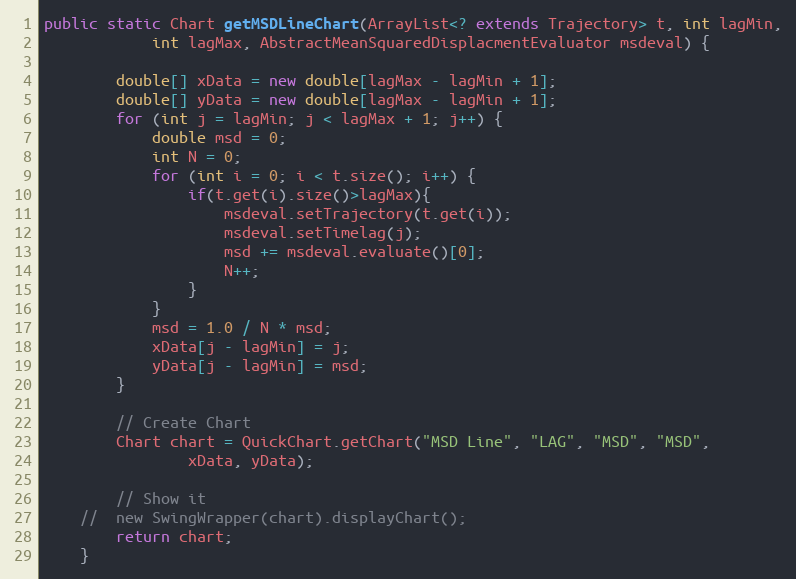
Language: Java
public static Chart getMSDLineChart(ArrayList<? extends Trajectory> t, int lagMin,
			int lagMax, AbstractMeanSquaredDisplacmentEvaluator msdeval) {

		double[] xData = new double[lagMax - lagMin + 1];
		double[] yData = new double[lagMax - lagMin + 1];
		for (int j = lagMin; j < lagMax + 1; j++) {
			double msd = 0;
			int N = 0;
			for (int i = 0; i < t.size(); i++) {
				if(t.get(i).size()>lagMax){
					msdeval.setTrajectory(t.get(i));
					msdeval.setTimelag(j);
					msd += msdeval.evaluate()[0];
					N++;
				}
			}
			msd = 1.0 / N * msd;
			xData[j - lagMin] = j;
			yData[j - lagMin] = msd;
		}

		// Create Chart
		Chart chart = QuickChart.getChart("MSD Line", "LAG", "MSD", "MSD",
				xData, yData);

		// Show it
	//	new SwingWrapper(chart).displayChart();
		return chart;
	}